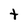
Character: t